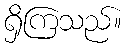
ရှိကြသည်။